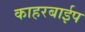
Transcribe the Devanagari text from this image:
काहरबाईप